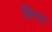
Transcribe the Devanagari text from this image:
बिनद